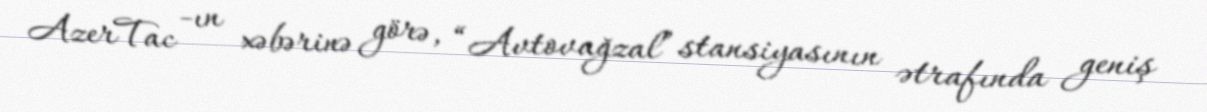
AzerTac -ın xəbərinə görə, “Avtovağzal” stansiyasının ətrafında geniş